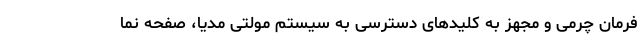
فرمان چرمی و مجهز به کلیدهای دسترسی به سیستم مولتی مدیا، صفحه نما